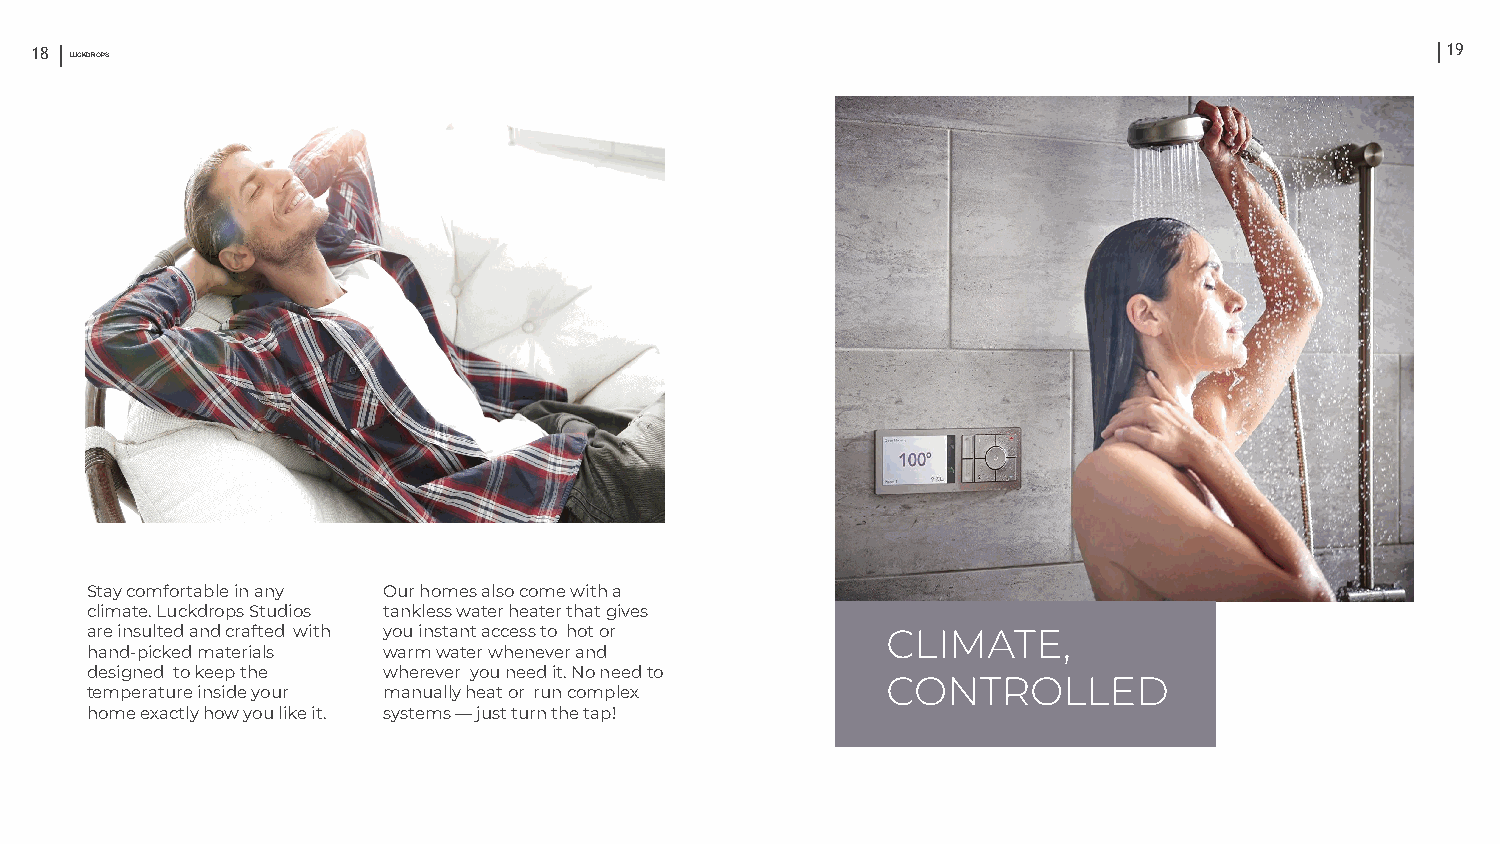
18 LUCKDROPS                                                                                  19
 Stay comfortable in any Our homes also come with a
 climate. Luckdrops Studios tankless water heater that gives
 are insulted and crafted with you instant access to hot or
 hand-picked materials warm water whenever and
 designed to keep the wherever you need it. No need to
 temperature inside your manually heat or run complex
 home exactly how you like it. systems — just turn the tap!